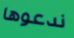
ندعوها